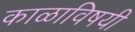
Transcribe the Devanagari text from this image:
काळाविषयी